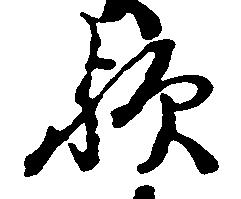
歟